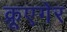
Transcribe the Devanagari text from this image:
क्रूएगेर